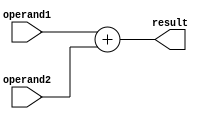
module adder (
  input [7:0] operand1,
  input [7:0] operand2,
  output reg [8:0] result
);

always @* begin
  result = operand1 + operand2;
end

endmodule